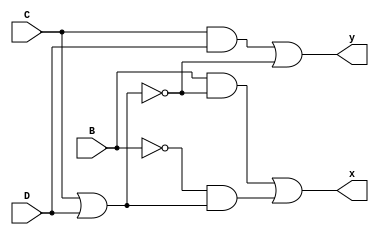
module problem3_19101196(B, C, D, x, y);
	
	input B, C, D;
	output x, y;
	
	wire CaD, CoD, _B, _CoD, _CoDaB, CoDa_B;
	
	and(CaD, C, D);
	or(CoD, C, D);
	not(_B, B);
	not(_CoD, CoD);
	or(y, CaD, _CoD);
	and(_CoDaB, B, _CoD);
	and(CoDa_B, _B, CoD);
	or(x, _CoDaB, CoDa_B);
	
endmodule